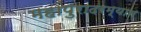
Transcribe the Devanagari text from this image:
महापुरादरम्यान